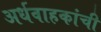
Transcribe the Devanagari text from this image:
अर्धवाहकांची